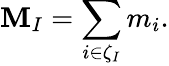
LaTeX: \mathbf{M}_{I}=\sum_{i\in\zeta_{I}}m_{i}.